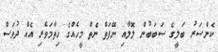
ކެންސަރު ބަލީގެ ސަބަބުން ލޮލާއި ނޭފަތް ނެތް މީހެއްގެ ހިތާމަވެރި އެއް ދުވަސް